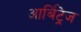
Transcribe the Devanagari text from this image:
आर्बिट्रेज